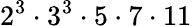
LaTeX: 2^{3}\cdot 3^{3}\cdot 5\cdot 7\cdot 11